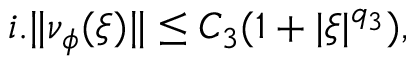
\begin{array} { r } { i . \| \nu _ { \phi } ( \xi ) \| \le C _ { 3 } ( 1 + | \xi | ^ { q _ { 3 } } ) , } \end{array}